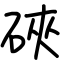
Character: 硤